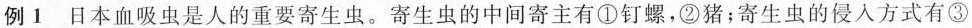
例1 日本血吸虫是人的重要寄生虫。寄生虫的中间寄主有①钉螺，②猪；寄生虫的侵人方式有③